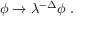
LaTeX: \phi \rightarrow \lambda ^ { - \Delta } \phi ~ .